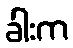
ခါးက